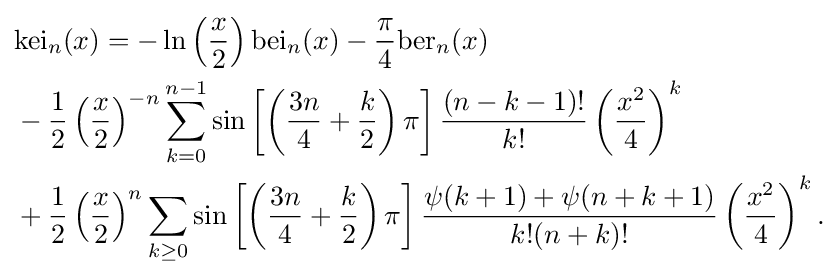
{\begin{aligned}&\mathrm {kei} _{n}(x)=-\ln \left({\frac {x}{2}}\right)\mathrm {bei} _{n}(x)-{\frac {\pi }{4}}\mathrm {ber} _{n}(x)\\&-{\frac {1}{2}}\left({\frac {x}{2}}\right)^{-n}\sum _{k=0}^{n-1}\sin \left[\left({\frac {3n}{4}}+{\frac {k}{2}}\right)\pi \right]{\frac {(n-k-1)!}{k!}}\left({\frac {x^{2}}{4}}\right)^{k}\\&+{\frac {1}{2}}\left({\frac {x}{2}}\right)^{n}\sum _{k\geq 0}\sin \left[\left({\frac {3n}{4}}+{\frac {k}{2}}\right)\pi \right]{\frac {\psi (k+1)+\psi (n+k+1)}{k!(n+k)!}}\left({\frac {x^{2}}{4}}\right)^{k}.\end{aligned}}